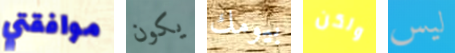
موافقتي يكون بيومك ولكن ليس